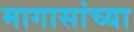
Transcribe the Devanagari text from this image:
मागासांच्या